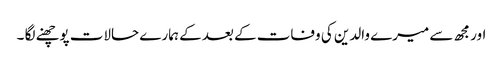
اور مجھ سے میرے والدین کی وفات کے بعد کے ہمارے حالات پوچھنے لگا ۔